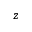
z